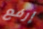
إرفع